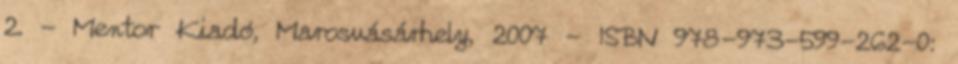
2. - Mentor Kiadó, Marosvásárhely, 2007 - ISBN 978-973-599-262-0: